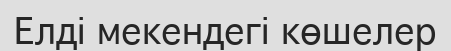
Елді мекендегі көшелер